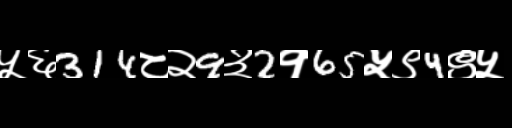
Text: ५६314८२9३2१65५९4९५